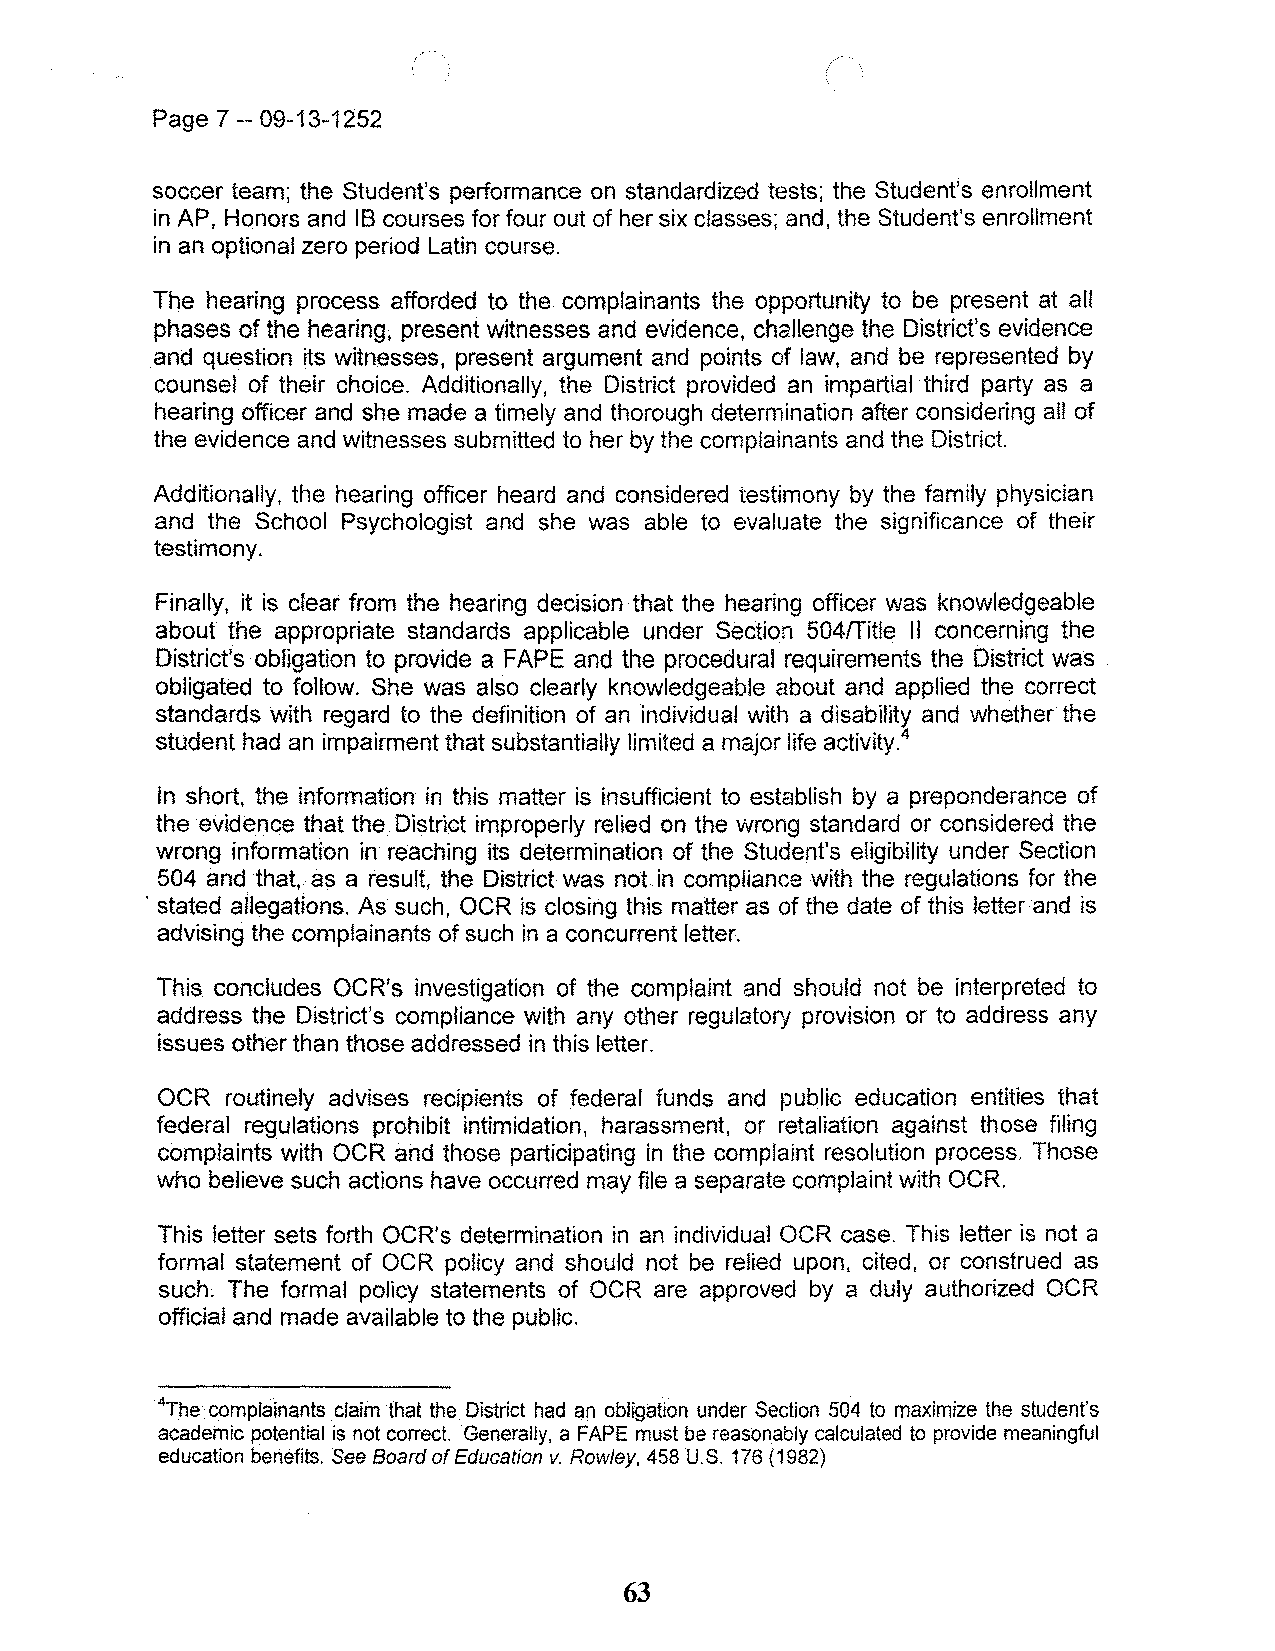
Page 7 -- 09-13-1252
 soccer team; the Student's performance on standardized tests; the Student's enrollment
 in AP, Honors and IB courses for four out of her six classes; and, the Student's enrollment
 in an optional zero period Latin course.
 The hearing process afforded to the complainants the opportunity to be present at all
 phases of the hearing, present witnesses and evidence, challenge the District's evidence
 and question its witnesses, present argument and points of law, and be represented by
 counsel of their choice. Additionally, the District provided an impartial third party as a
 hearing officer and she made a timely and thorough determination after considering all of
 the evidence and witnesses submitted to her by the complainants and the District.
 Additionally. the hearing officer heard and considered testimony by the family physician
 and the School Psychologist and she was able to evaluate the significance of their
 testimony.
 Finally, it is clear from the hearing decision that the hearing officer was knowledgeable
 about the appropriate standards applicable under Section 504fTitie II concerning the
 District's obligation to provide a FAPE and the procedural requirements the District was
 obligated to follow. She was also clearly knowledgeable about and applied the correct
 standards with regard to the definition of an individual with a disability and whether the
 student had an impairment that substantially limited a major life activity.4
 In short. the information in this matter is insufficient to establish by a preponderance of
 the evidence that the District improperly relied on the wrong standard or considered the
 wrong information in reaching its determination of the Student's eligibility under Section
 504 and that, as a result, the District was not in compliance with the regulations for the
 , stated allegations. As such, OCR is closing this matter as of the date of this letter and is
 advising the complainants of such in a concurrent letter.
 This concludes OCR's investigation of the complaint and should not be interpreted to
 address the District's compliance with any other regulatory provision or to address any
 issues other than those addressed in this letter.
 OCR routinely advises recipients of federal funds and public education entities that
 federal regulations prohibit intimidation, harassment, or retaliation against those filing
 complaints with OCR and those participating in the complaint resolution process. Those
 who believe such actions have occurred may file a separate complaint with OCR.
 This letter sets forth OCR's determination in an individual OCR case. This letter is not a
 formal statement of OCR policy and should not be relied upon, cited, or construed as
 such. The formal policy statements of OCR are approved by a duly authorized OCR
 official and made available to the public.
 4The complainants claim that the District had an obligation under Section 504 to maximize the student's
 academic potential is not correct. Generally, a FAPE must be reasonably calculated to provide meaningful
 education benefits. See Board of Education v. Rowley, 458 U.S. 176 (1982)
 63